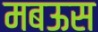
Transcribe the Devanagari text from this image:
मबऊस